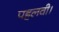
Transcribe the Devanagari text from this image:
पहलवी।